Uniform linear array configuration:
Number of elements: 32
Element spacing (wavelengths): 0.75
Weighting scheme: blackman
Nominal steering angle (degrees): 0
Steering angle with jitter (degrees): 0.958
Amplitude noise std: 0.05
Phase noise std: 0.05

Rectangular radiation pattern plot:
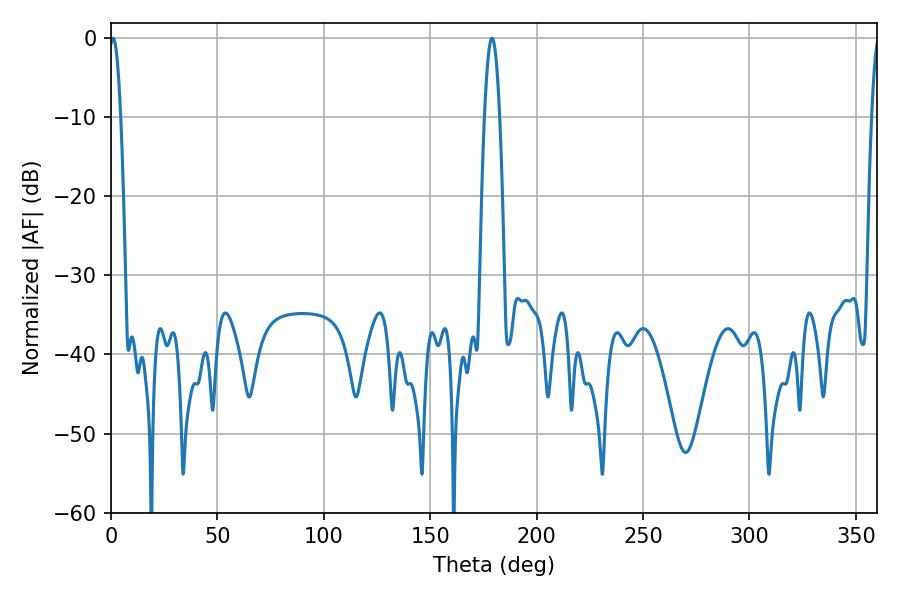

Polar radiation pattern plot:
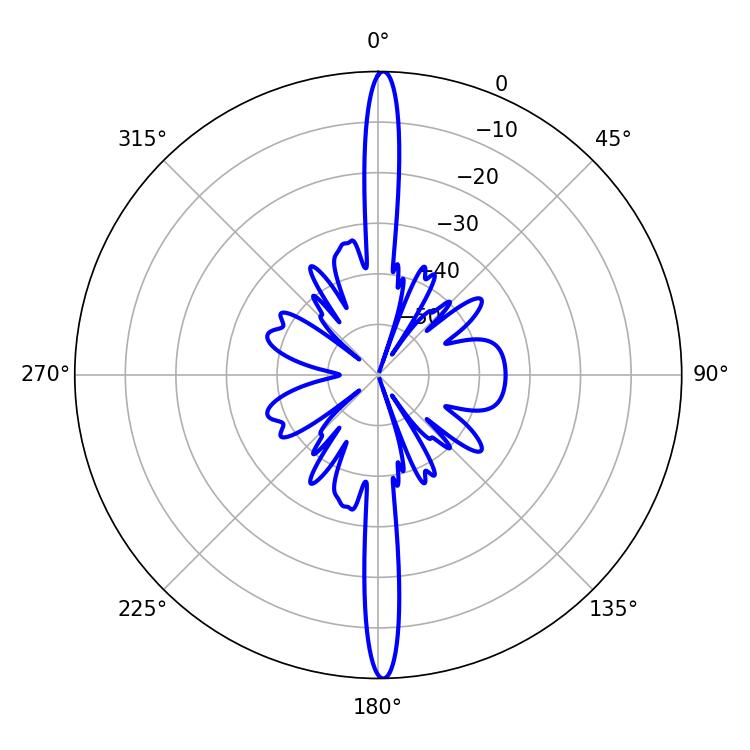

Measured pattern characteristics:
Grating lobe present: TRUE
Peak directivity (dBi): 28.863
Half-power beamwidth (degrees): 2.88
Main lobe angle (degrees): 0.9